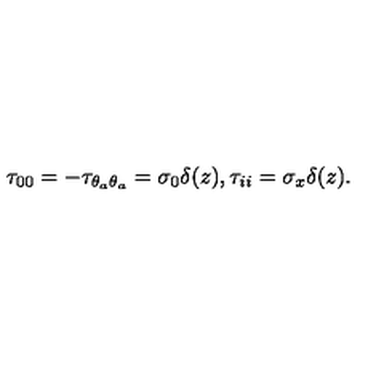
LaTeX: \tau _ { 0 0 } = - \tau _ { \theta _ { a } \theta _ { a } } = \sigma _ { 0 } \delta ( z ) , \- \tau _ { i i } = \sigma _ { x } \delta ( z ) .